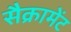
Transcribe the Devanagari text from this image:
सैक्रामेंट